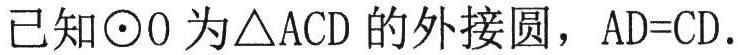
已知\(\odot O\)为\(\triangle ACD\)的外接圆，\(AD = CD\).